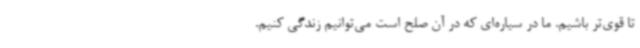
تا قوی‌تر باشیم. ما در سیاره‌ای که در آن صلح است می‌توانیم زندگی کنیم.